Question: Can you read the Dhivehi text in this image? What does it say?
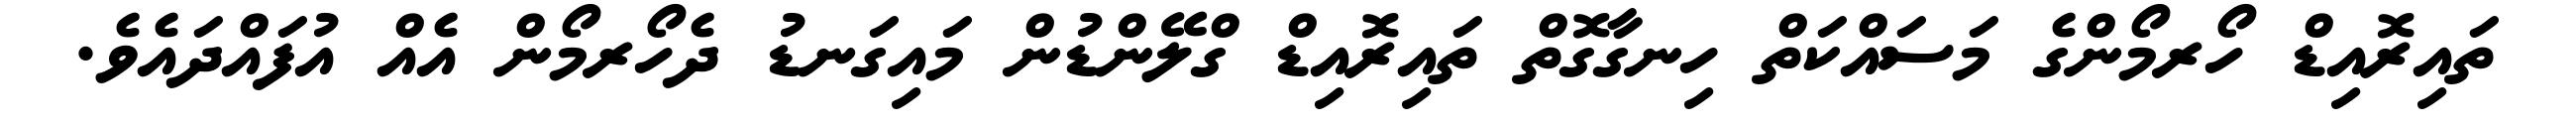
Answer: ތައިރޮއިޑް ހޯރމޯންގެ މަސައްކަތް ހިނގާގޮތް ތައިރޮއިޑް ގްލޭންޑުން މައިގަނޑު ދެހޯރމޯން އެއް އުފައްދައެވެ.